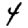
Digit: 4